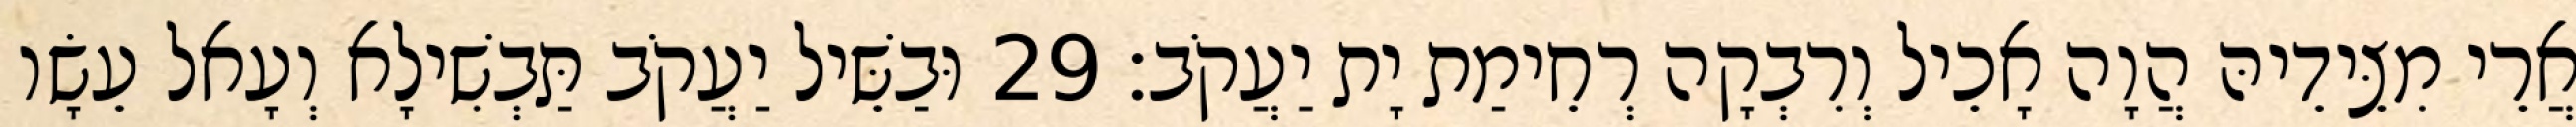
אֲרֵי מִצֵּידֵיהּ הֲוָה אָכֵיל וְרִבְקָה רְחֵימַת יָת יַעֲקֹב׃ 29 וּבַשֵּׁיל יַעֲקֹב תַּבְשִׁילָא וְעָאל עֵשָׂו